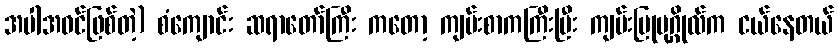
အပါအဝင်ဖြစ်တဲ့) စံကျောင်း ဆရာတော်ကြီး ကတော့ ကျမ်းစာကကြီးပြီး ကျမ်းပြုပုဂ္ဂိုလ်က ငယ်နေတယ်